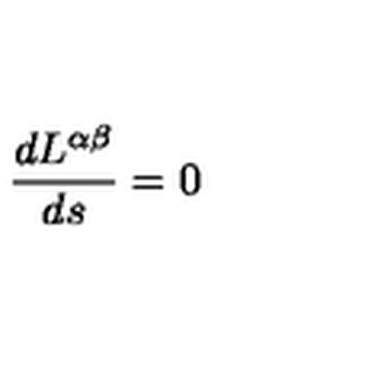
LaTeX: \frac { d L ^ { \alpha \beta } } { d s } = 0